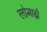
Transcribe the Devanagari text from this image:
लोमाग्ने